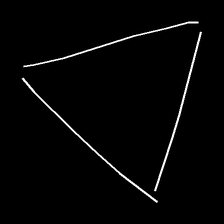
Glyph: convergence